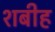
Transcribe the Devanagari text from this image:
शबीह